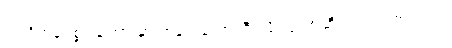
အတိတ်နဲ့ပစ္စုပ္ပန်ကြားမှာ ကန့်လန့်ကာကြီးလို သူကာဆီးတတ်သတဲ့ကွယ်။